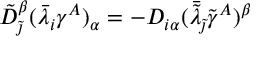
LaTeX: \tilde { D } _ { \tilde { \jmath } } ^ { \beta } ( \bar { \lambda } _ { i } \gamma ^ { A } ) _ { \alpha } = - D _ { i \alpha } ( \bar { \tilde { \lambda } } _ { \tilde { \jmath } } \tilde { \gamma } ^ { A } ) ^ { \beta }